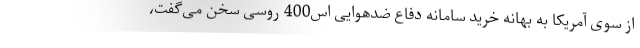
از سوی آمریکا به بهانه خرید سامانه دفاع ضدهوایی اس400 روسی سخن می‌گفت،